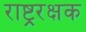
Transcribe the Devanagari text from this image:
राष्ट्ररक्षक